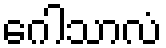
ဂေါသာလံ